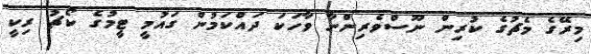
މިރޭގެ މެޗުގެ ކުރިން ނޫސްވެރިންނާ ވާހަކަ ދައްކަމުން ގައުމީ ޓީމުގެ ކޯޗު ރިކީ